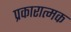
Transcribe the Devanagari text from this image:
प्रकारात्मक